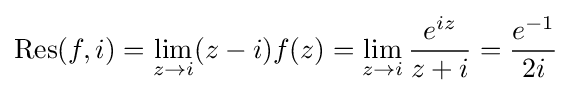
\operatorname {Res} (f,i)=\lim _{z\to i}(z-i)f(z)=\lim _{z\to i}{\frac {e^{iz}}{z+i}}={\frac {e^{-1}}{2i}}